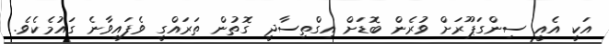
އަކީ އެއީ ސިންގަޕޫރަށް ވުރެން ބޮޑަށް އިގްތިސާދީ ގޮތުން ތަރައްގީ ވެފައިވާނެ ގައުމެކެވެ.